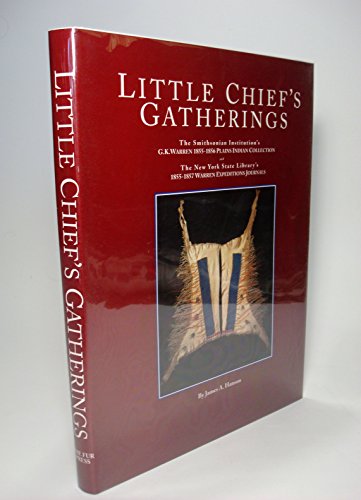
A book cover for Little Chief's gatherings: The Smithsonian Institution's G.K. Warren 1855-1856 Plains Indian collection and the New York State Library's 1855-1857 Warren Expeditions journals; James Austin Hanson; Travel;